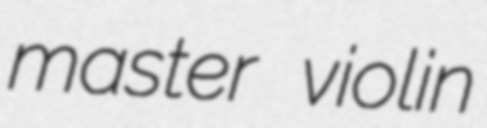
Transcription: master violin